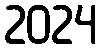
2024